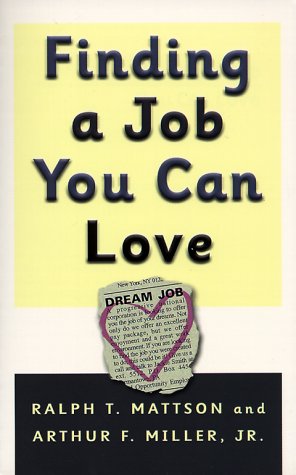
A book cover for Finding a Job You Can Love; Ralph T. Mattson; Business & Money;